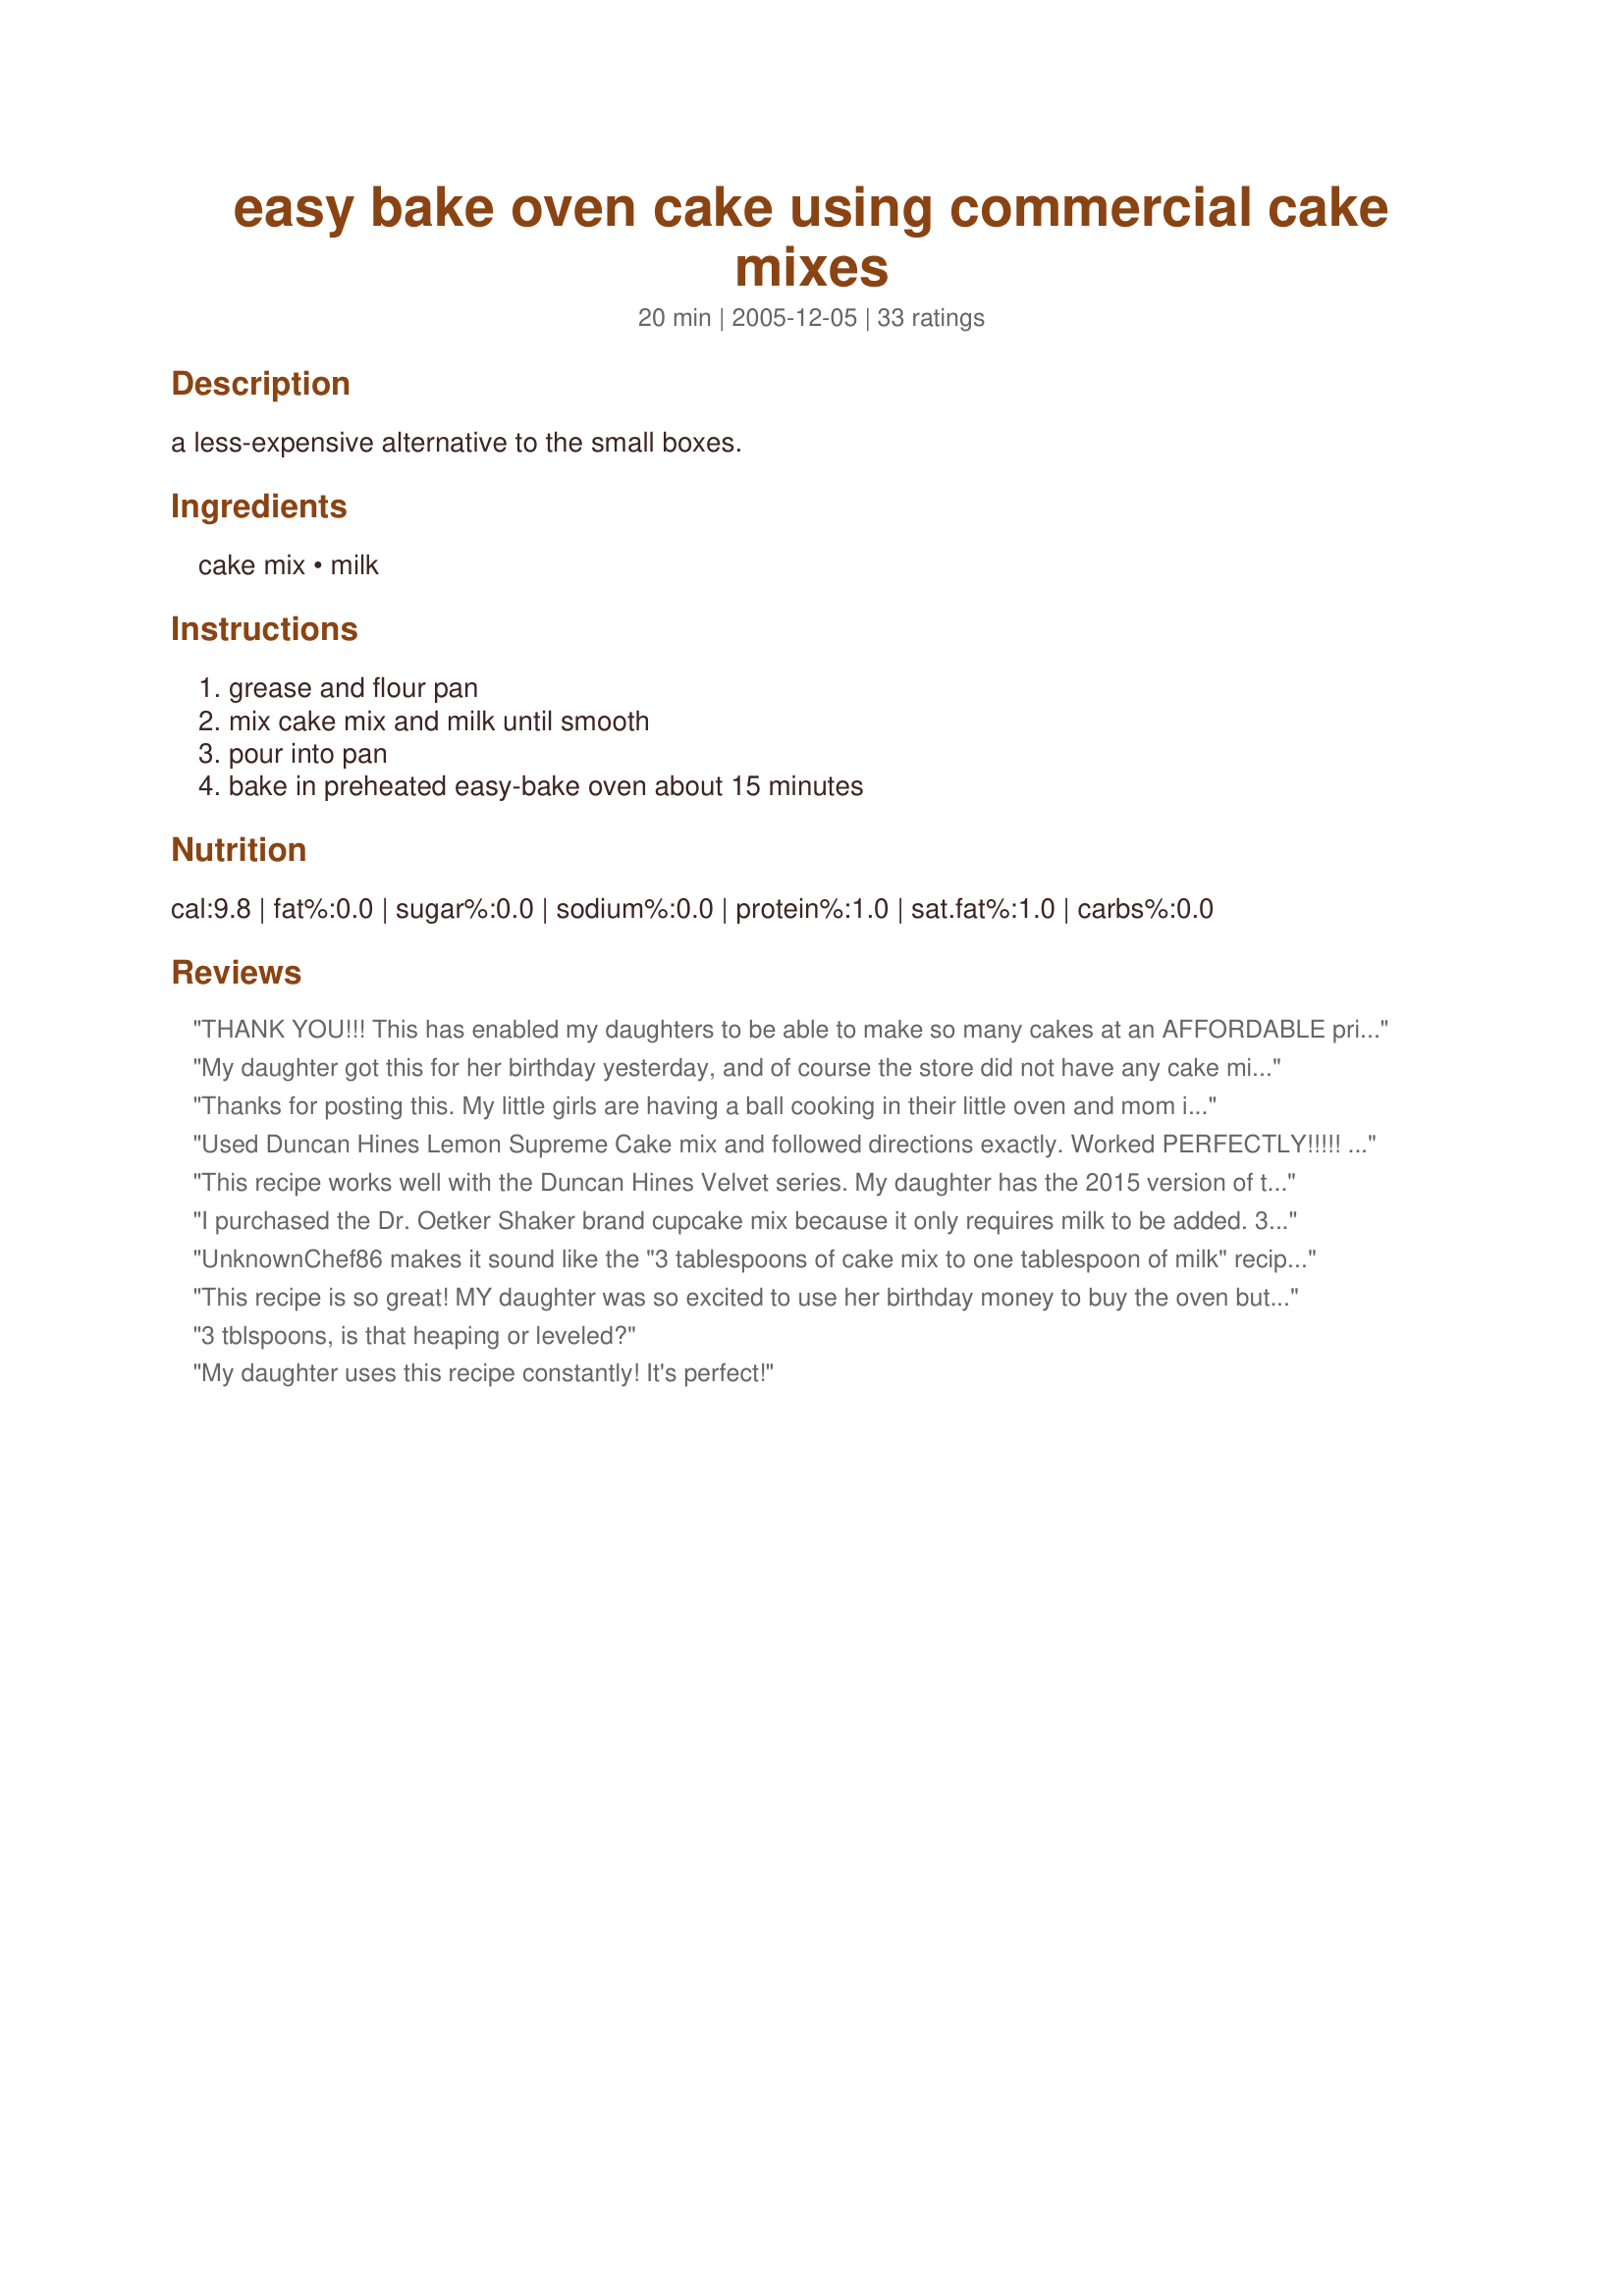
easy bake oven cake using commercial cake mixes
Preparation time: 20 minutes

a less-expensive alternative to the small boxes.

Ingredients:
cake mix, milk

Steps:
grease and flour pan, mix cake mix and milk until smooth, pour into pan, bake in preheated easy-bake oven about 15 minutes

Reviews:
THANK YOU!!! This has enabled my daughters to be able to make so many cakes at an AFFORDABLE price. $.88 for a whole box of mix which then makes about 30 little cakes vs. $6 for one Easy Bake Oven brand mix.
My daughter got this for her birthday yesterday, and of course the store did not have any cake mixes. So I searched the net and found this. IT WAS GREAT! We made 2 of them, my 7 year old made it just how you stated, and my 4 year old made one, and added about another 1/2 Tablespoon of milk, but her's just rised more during the baking part. The taste was great, and they loved it, now I am not worried about suppling 50 bucks in my budget for Easy Bake items! Thank you for sharing!
Thanks for posting this. My little girls are having a ball cooking in their little oven and mom is thrilled to not be busting the budget buying those little mixes made for the oven!
Used Duncan Hines Lemon Supreme Cake mix and followed directions exactly. Worked PERFECTLY!!!!! Our oven must run a little hot:-) (I guess even EBO's can fluctuate?) because cake took 11 minutes. Think we are on cake 5 and this could keep my 5 year old busy for hours today!!! Thanks for the recipe!!!
This recipe works well with the Duncan Hines Velvet series. My daughter has the 2015 version of the Easy Bake oven and we had to double the recipe and add an additional 1/4 tsp of water to the original recipe. I coated the baking pan with coconut oil (no flour) and the cake turned our really well. This week we made the holiday green velvet cake. The whole 1/2 box (the box comes with two cake mixes) made about 5 small cakes.
I purchased the Dr. Oetker Shaker brand cupcake mix because it only requires milk to be added. 3 Tbsp mix and 1 Tbsp milk for 15 minutes worked perfect. My daughter was thrilled and so was I because of the low cost. Thanks for this post.
UnknownChef86 makes it sound like the "3 tablespoons of cake mix to one tablespoon of milk" recipe can be used with any commercial cake mix. I used it with HEB grocery store's store brand (Hill Country Fare) devil's food cake mix, and the cake rose up out of the pan, and was also undercooked, after 15 minutes in a preheated Easy Bake Oven. It made a mess in the cooking chamber, which anyone who has an Easy Bake Oven knows is very difficult to clean. Obviously this recipe does not work with all brands and varieties of cake mixes. UnknownChef86 and others here apparently just got lucky with their brands/varieties. UnknownChef86 should have been more responsible and only stated that it works for the specific brands/varieties that (s)he tried, and list those varieties.
This recipe is so great! MY daughter was so excited to use her birthday money to buy the oven but I was worried about the constant expense of pre-packaged Easy-Bake mixes. 1 pouch with 4 cake mixes in it costs almost $5!! Well today I bought 2 regular cake mixes at the grocery stoe and we made chocolate this afternoon with terrific results! The girls frosted their cakes and added sprinkles...PERFECT! I spent 94 cents for the cake mix and 1.17 for frosting that will probably make 15-20 cakes. That would cost $25 with Easy-Bake mixes! Thank you so very much!
3 tblspoons, is that heaping or leveled?
My daughter uses this recipe constantly! It's perfect!
My grand kids are visiting me in FL. and we found an easybake oven but no mixes so this was a great find. We made strawberry cake from a mix and they had a ball thanks
Thank you for the recipe. So tired of getting the easy bake mixes, this is way better thanks so much !!
Thank you so much for this money saving recipe! My daughters and I have made this recipe several times and we have a blast! What a quick and inexpensive way to use the easy bake oven! Thank you again!
Thanks a bunch, my daughter and her friend have been baking up a storm all morning.
I found an easy bake oven that was being given away because of EBO cake prices. I thought there must be an alternative. I'm ecstatic about this inexpensive recipe and my granddaughter is so happy!
We are going to make these little cakes for Santa this year. We added a scoop of ice cream on top-yum! My twins loved these more thank the Easy Bake brand. We used Betty Crocker brand Devil&#039;s Food and White for 12 minutes.
We used the Betty Crocker, Supermoist, white cake mix and this worked great. Next time, we need slightly less batter in the pan so it doesn't rise too far, but otherwise, this worked really well.
Thank you so much! I haven't even tried this yet but my daughter just got an EBO for her bday & she has a peanut allergy. All the little pkgs have a nut warning...
Thanks for an easy & cheap alternative :)
My son follow the recipe with Betty Crocker yellow cake mix, the cake came out perfect. I am all about saving.
I was more than happy to find these recipes, my daughter & I used this one today with Lemon Supreme Duncan Hines Mix. It was great, she loved it!!! Thanks for saving me a ton of money.
We think it's delicious and a great way to save money! The mixes that came with the oven were difficult to make smooth and spreadable, but this works great! We used Jiffy mix with good results. We also had success mixing 3 T Jiffy White Frosting mix with 1 teaspoon of hot water. Makes a cheap, yummy icing. Thank you!
Thank you so much for posting this recipe! I love the money savings and the cake was delicious! We will be using our Easy Bake Oven a lot more because of this!
I have tried this and it works perfectly fine, i had used 6 tablespoons of cake mix and about 2-4 tablespoons and it made me 5-6 little cakes however if you use to much milk it takes longer for cakes to bake in the easy bake oven so my reccomandation is to make sure the batter isnt thin but somewhat thick and it will cook in 10-12 minutes with no complications :)
very good and cheap too!!

all the kids made their own cake and frosted it with a store bought frosting and put sprinkles on. will definately do it again.
Thanks, what a great solution! Makes perfect, nice looking, way-too-munchable cakes. My son is very happy with this and so am I!
My kids loved this! My daughter got an Easy Bake Oven for Christmas and had so much fun making cakes with her brothers. They turned out way better than the Easy Bake mix that came with the oven.
YAY!!!! This is great! Thank you for posting!
I'm so glad I found this! Worked PERFECTLY! 99Â¢ for a whole big box of cake mix and lots of cakes and fun! This baked up BETTER than the expensive Easy Bake Oven mixes! Thank you! Thank you!! :-)
This recipe me and my little girl love making this together. We put chocolate icing on it. Thanks for the recipe.
I was very happy to find this recipe. We tried making the easy bake cake mix and it didn't even rise. We just made this and it was great. It loses some of the flavor by not adding the egg, oil, water that the box says, but all in all, it is pretty good. I put the leftover dry mix that we didn't use in a plastic baggie that we will use over and over till it's done. Thanks so much for this great recipe! My daughter loved it.
this is so easy. it works for the new ultimate oven too. don't try more tablespoons of cake mix because it will bake too high and make a mess when you try to take the cake out of the oven.
Used with Betty Crocker white cake mix, worked great.
Wow! What a great idea. Yesterday my daughter and I used one of the little cake mixes that came with the Easy Bake Oven she recently got and it was less than pretty! Mostly I thought that it didn't seem to be enough batter; it was hard to spead and actually fill the entire bottom of the pan. So, this morning I came across this recipe and what a difference it made! We doubled it to make a two-layer cake and both layers turned out beautifully! More like the pictures they show on the box. Thanks for the post and the great idea. I'm sure we'll be using the Easy Bake a lot more than we would have.
